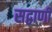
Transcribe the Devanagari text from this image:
सद्वाणी